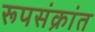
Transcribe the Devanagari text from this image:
रूपसंक्रांत